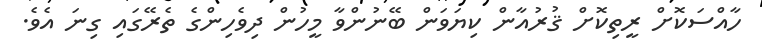
ހާއްސަކޮށް ރީތިކޮށް ޤުރުއާން ކިޔަވަން ބޭނުންވާ މީހުން ދިވެހިންގެ ތެރޭގައި ގިނަ އެވެ.